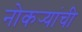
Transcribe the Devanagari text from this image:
नोकर्‍यांची